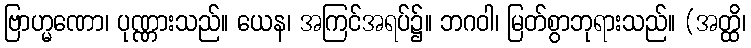
ဗြာဟ္မဏော၊ ပုဏ္ဏားသည်။ ယေန၊ အကြင်အရပ်၌။ ဘဂဝါ၊ မြတ်စွာဘုရားသည်။ (အတ္ထိ၊